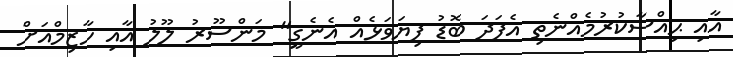
އާއި ޙިއްސާކުރުމެއްނެތި އެފަދަ ބޮޑު ފިޔަވަޅެއް އެނެގީ" މަންސޫރު ލޫލު އާއި ހާޒިމްއަށް